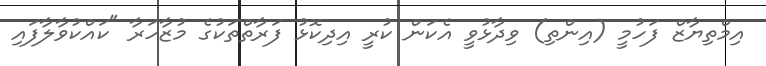
އިމްތިޔާޒް ފަހުމީ (އިންތި) ވިދާޅުވީ އެކަން ކުރީ އިދިކޮޅު ފަރާތްތަކުގެ މުޒާހަރާ "ކައްކުވާލާފައި